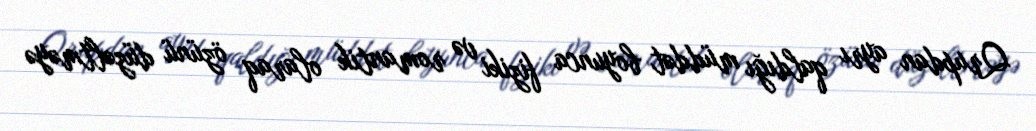
Qrupdan ayrı qaldığı müddət boyunca fiziki və romantik olaraq özünü düzəltməyə